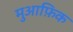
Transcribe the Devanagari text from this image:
मुआफ़िक